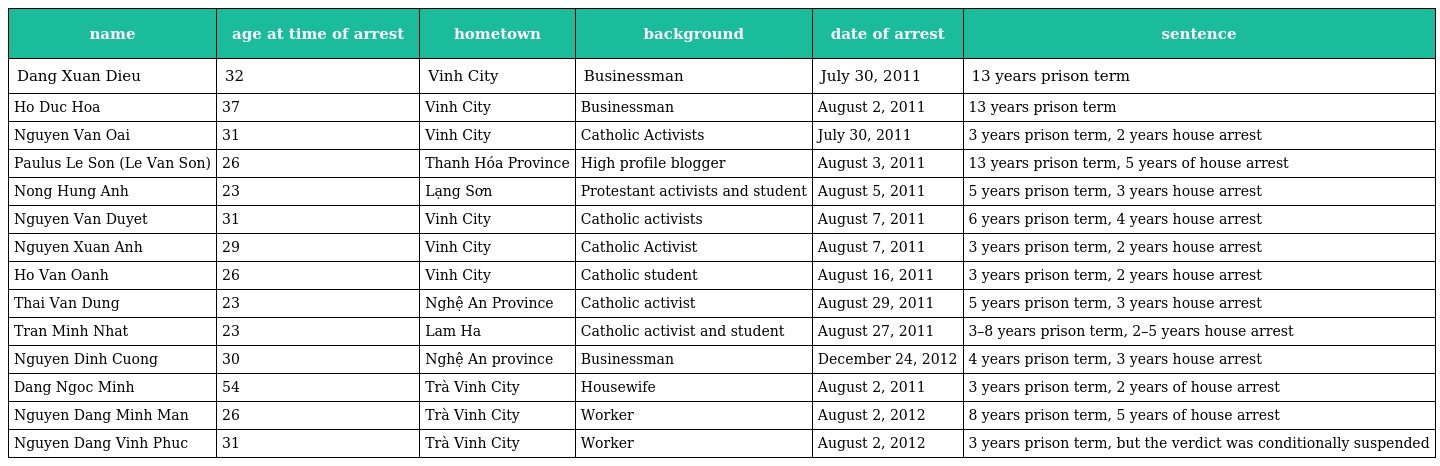
| name | age at time of arrest | hometown | background | date of arrest | sentence |
 | --- | --- | --- | --- | --- | --- |
 | Dang Xuan Dieu | 32 | Vinh City | Businessman | July 30, 2011 | 13 years prison term |
 | Ho Duc Hoa | 37 | Vinh City | Businessman | August 2, 2011 | 13 years prison term |
 | Nguyen Van Oai | 31 | Vinh City | Catholic Activists | July 30, 2011 | 3 years prison term, 2 years house arrest |
 | Paulus Le Son (Le Van Son) | 26 | Thanh Hóa Province | High profile blogger | August 3, 2011 | 13 years prison term, 5 years of house arrest |
 | Nong Hung Anh | 23 | Lạng Sơn | Protestant activists and student | August 5, 2011 | 5 years prison term, 3 years house arrest |
 | Nguyen Van Duyet | 31 | Vinh City | Catholic activists | August 7, 2011 | 6 years prison term, 4 years house arrest |
 | Nguyen Xuan Anh | 29 | Vinh City | Catholic Activist | August 7, 2011 | 3 years prison term, 2 years house arrest |
 | Ho Van Oanh | 26 | Vinh City | Catholic student | August 16, 2011 | 3 years prison term, 2 years house arrest |
 | Thai Van Dung | 23 | Nghệ An Province | Catholic activist | August 29, 2011 | 5 years prison term, 3 years house arrest |
 | Tran Minh Nhat | 23 | Lam Ha | Catholic activist and student | August 27, 2011 | 3–8 years prison term, 2–5 years house arrest |
 | Nguyen Dinh Cuong | 30 | Nghệ An province | Businessman | December 24, 2012 | 4 years prison term, 3 years house arrest |
 | Dang Ngoc Minh | 54 | Trà Vinh City | Housewife | August 2, 2011 | 3 years prison term, 2 years of house arrest |
 | Nguyen Dang Minh Man | 26 | Trà Vinh City | Worker | August 2, 2012 | 8 years prison term, 5 years of house arrest |
 | Nguyen Dang Vinh Phuc | 31 | Trà Vinh City | Worker | August 2, 2012 | 3 years prison term, but the verdict was conditionally suspended |